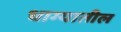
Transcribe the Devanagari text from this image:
धाग्यातील